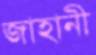
জাহানী